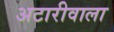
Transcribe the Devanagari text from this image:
अटारीवाला